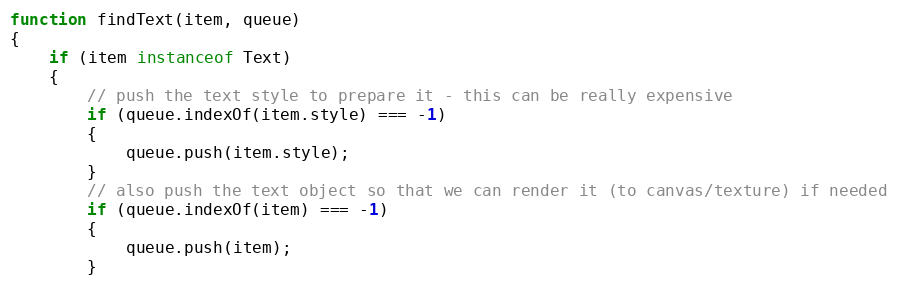
Language: JavaScript
function findText(item, queue)
{
    if (item instanceof Text)
    {
        // push the text style to prepare it - this can be really expensive
        if (queue.indexOf(item.style) === -1)
        {
            queue.push(item.style);
        }
        // also push the text object so that we can render it (to canvas/texture) if needed
        if (queue.indexOf(item) === -1)
        {
            queue.push(item);
        }